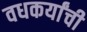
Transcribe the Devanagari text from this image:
वधकर्यांची